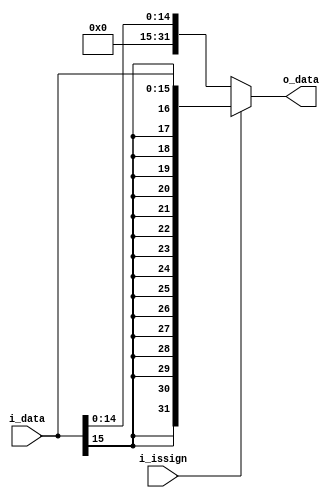
module SignExtend(i_data, o_data, i_issign);
	input 			i_issign;
	input   [15:0]  i_data;
	output  [31:0]  o_data;
	
	assign o_data = i_issign ? {{17{i_data[15]}},i_data[14:0]} : {17'd0,i_data[14:0]};
endmodule